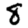
Digit: 8